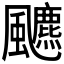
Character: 𱃐